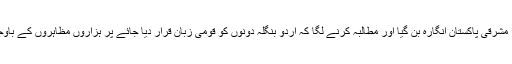
مثلاً 1948 میں اردو کو قومی زبان قرار دیا گیا تو پورا مشرقی پاکستان انگارہ بن گیا اور مطالبہ کرنے لگا کہ اردو بنگلہ دونوں کو قومی زبان قرار دیا جائے پر ہزاروں مظاہروں کے باوجود ہمارے حکمرانوں کے کانوں پر جُوں تک نہ رینگی۔